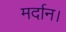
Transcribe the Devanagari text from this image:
मर्दान।